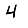
Digit: 4